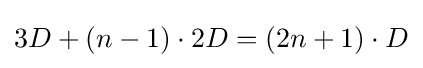
3D+(n-1)\cdot 2D=(2n+1)\cdot D